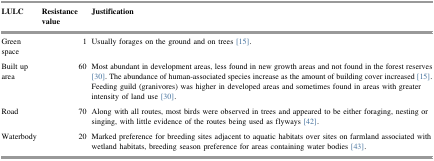
| LULC | Resistance value | Justification |
 | --- | --- | --- |
 | Green space | 1 | Usually forages on the ground and on trees [15]. |
 | Built up area | 60 | Most abundant in development areas, less found in new growth areas and not found in the forest reserves [30]. The abundance of human-associated species increase as the amount of building cover increased [15]. Feeding guild (granivores) was higher in developed areas and sometimes found in areas with greater intensity of land use [30]. |
 | Road | 70 | Along with all routes, most birds were observed in trees and appeared to be either foraging, nesting or singing, with little evidence of the routes being used as flyways [42]. |
 | Waterbody | 20 | Marked preference for breeding sites adjacent to aquatic habitats over sites on farmland associated with wetland habitats, breeding season preference for areas containing water bodies [43]. |